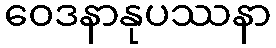
ဝေဒနာနုပဿနာ